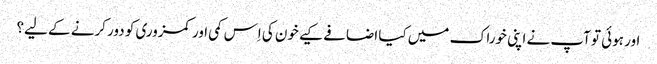
اور ہوئی تو آپ نے اپنی خوراک میں کیا اضافے کیے خون کی اِس کمی اور کمزوری کو دور کرنے کے لیے؟